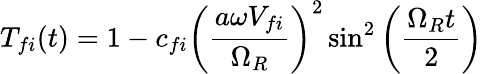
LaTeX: T_{fi}(t)=1-c_{fi}\left(\frac{a\omega V_{fi}}{\Omega_{R}}\right)^{2}\sin^{2}\left(\frac{\Omega_{R}t}{2}\right)